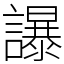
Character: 𧭤